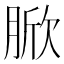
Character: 𦜓